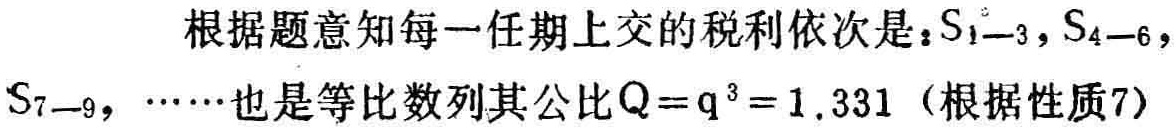
根据题意知每一任期上交的税利依次是：$S_{1 - 3}$，$S_{4 - 6}$，$S_{7 - 9}$，$\cdots\cdots$也是等比数列其公比$Q = q^{3} = 1.331$（根据性质7）